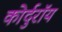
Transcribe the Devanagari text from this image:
कोर्दुरॉय